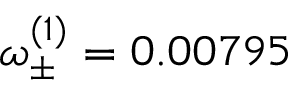
\omega _ { \pm } ^ { ( 1 ) } = 0 . 0 0 7 9 5